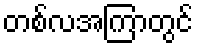
တစ်လအကြာတွင်